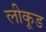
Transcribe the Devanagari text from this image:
लीकूड